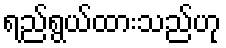
ရည်ရွယ်ထားသည်ဟု